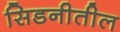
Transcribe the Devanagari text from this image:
सिडनीतील